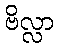
ဗိလ္လာ